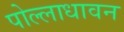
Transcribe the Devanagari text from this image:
पोल्लाधावन